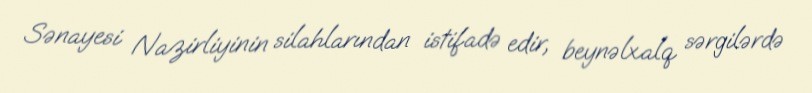
Sənayesi Nazirliyinin silahlarından istifadə edir, beynəlxalq sərgilərdə